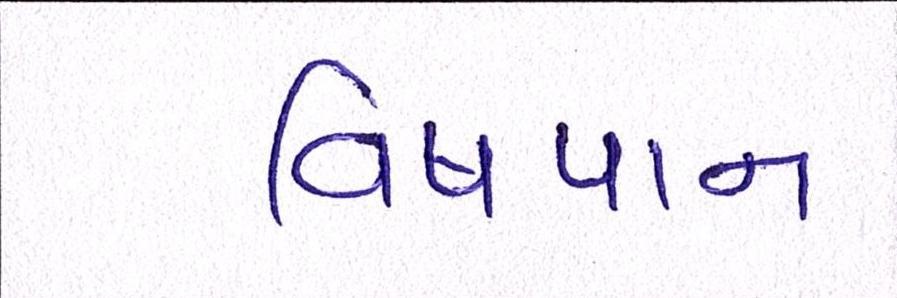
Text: વિષપાન